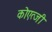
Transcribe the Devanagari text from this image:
कोएत्जी